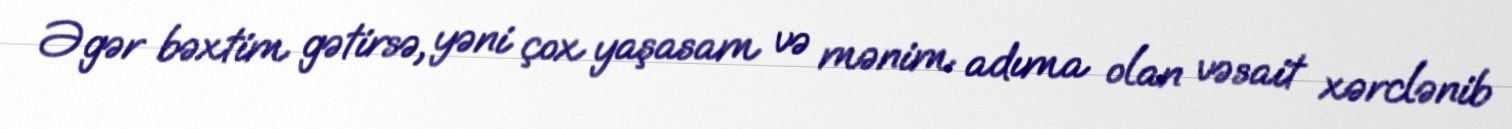
Əgər bəxtim gətirsə, yəni çox yaşasam və mənim adıma olan vəsait xərclənib